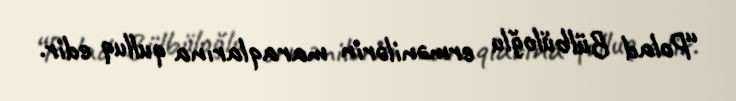
“Polad Bülbüloğlu ermənilərin maraqlarına qulluq edir.